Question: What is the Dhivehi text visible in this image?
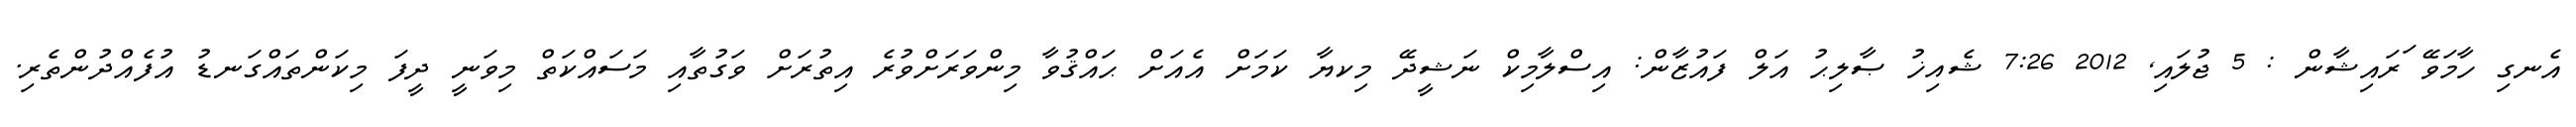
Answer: އެނގި ހާމަވޭ ަރައިޝާން : 5 ޖުލައި, 2012 7:26 ޝެއިޚު ޞާލިޙު އަލް ފައުޒާން: އިސްލާމިކް ނަޝީދޭ މިކޔާ ކަމަށް އެއަށް ޙައްޤުވާ މިންވަރަށްވުރެ އިތުރަށް ވަގުތާއި މަސައްކަތް މިވަނީ ދީފަ މިކަންތައްގަނޑު އުފެއްދުންތެރި.